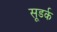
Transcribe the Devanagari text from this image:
सूडर्क